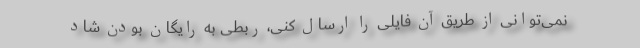
نمی‌توانی از طریق آن فایلی را ارسال کنی، ربطی به رایگان بودن شاد